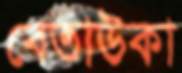
বেতাউকা